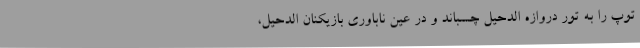
توپ را به تور دروازه الدحیل چسباند و در عین ناباوری بازیکنان الدحیل،